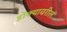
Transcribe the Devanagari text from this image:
डोक्‍यावरील